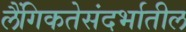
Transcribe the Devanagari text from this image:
लैंगिकतेसंदर्भातील